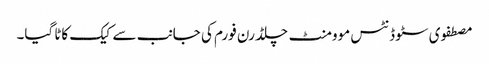
مصطفوی سٹوڈنٹس موومنٹ چلڈرن فورم کی جانب سے کیک کاٹا گیا۔